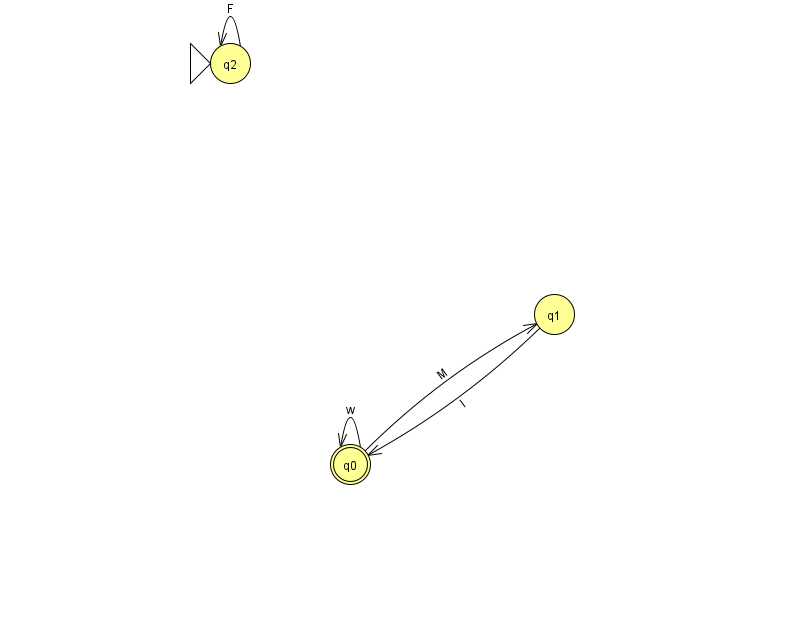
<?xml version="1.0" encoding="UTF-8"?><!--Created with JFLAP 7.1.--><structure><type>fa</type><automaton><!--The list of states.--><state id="0" name="q0"><x>350.0</x><y>451.0</y><final/></state><state id="1" name="q1"><x>554.0</x><y>301.0</y></state><state id="2" name="q2"><x>230.0</x><y>50.0</y><initial/></state><!--The list of transitions.--><transition><from>2</from><to>2</to><read>F</read></transition><transition><from>0</from><to>0</to><read>w</read></transition><transition><from>1</from><to>0</to><read>I</read></transition><transition><from>0</from><to>1</to><read>M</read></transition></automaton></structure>